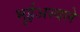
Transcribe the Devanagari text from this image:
भुईअस्वले